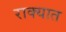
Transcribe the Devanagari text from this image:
राक्यात